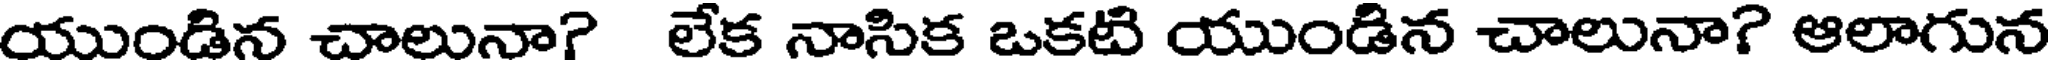
యుండిన చాలునా? లేక నాసిక ఒకటి యుండిన చాలునా? ఆలాగున